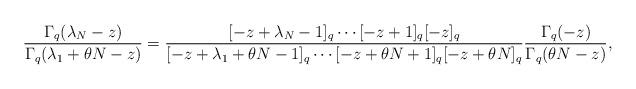
LaTeX: \begin{gather*}\frac{\Gamma_q(\lambda_N - z)}{\Gamma_q(\lambda_1 + \theta N - z)} = \frac{[-z + \lambda_N - 1]_q\cdots [-z+1]_q[-z]_q}{[-z + \lambda_1 + \theta N - 1]_q\cdots [-z + \theta N + 1]_q[-z + \theta N]_q}\frac{\Gamma_q(-z)}{\Gamma_q(\theta N - z)},\end{gather*}